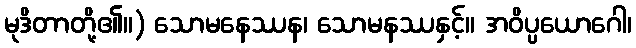
မုဒိတာတို့၏။) သောမနေဿန၊ သောမနဿနှင့်။ အဝိပ္ပယောဂေါ၊